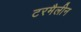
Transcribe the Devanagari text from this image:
टरमैलीन